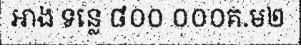
អាង ទន្លេ ៨០០ ០០០គ.ម២